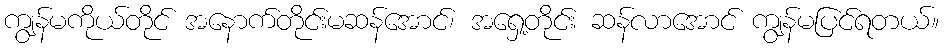
ကျွန်မကိုယ်တိုင် အနောက်တိုင်းမဆန်အောင်၊ အရှေ့တိုင်း ဆန်လာအောင် ကျွန်မပြင်ရတယ်။